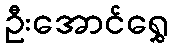
ဦးအောင်ရွှေ